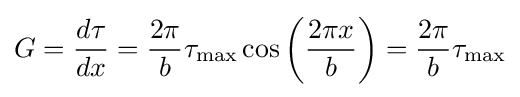
G={\frac {d\tau }{dx}}={\frac {2\pi }{b}}\tau _{\max }\cos \left({\frac {2\pi x}{b}}\right)={\frac {2\pi }{b}}\tau _{\max }